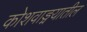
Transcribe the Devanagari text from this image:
कोशवाङ्मयातील